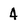
Character: 4